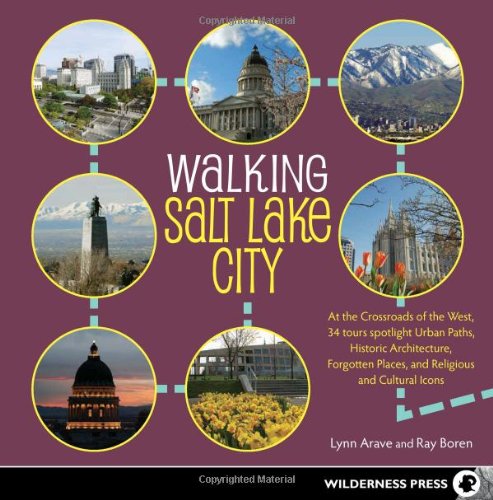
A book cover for Walking Salt Lake City: 34 Tours of the Crossroads of the West, spotlighting Urban Paths, Historic Architecture, Forgotten Places, and Religious and Cultural Icons; Lynn Arave; Travel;